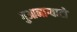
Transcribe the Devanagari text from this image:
गुआनाग्वाटो